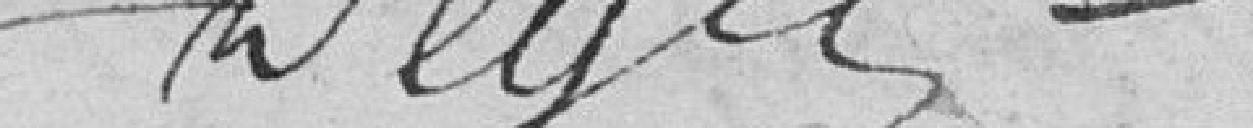
Degée